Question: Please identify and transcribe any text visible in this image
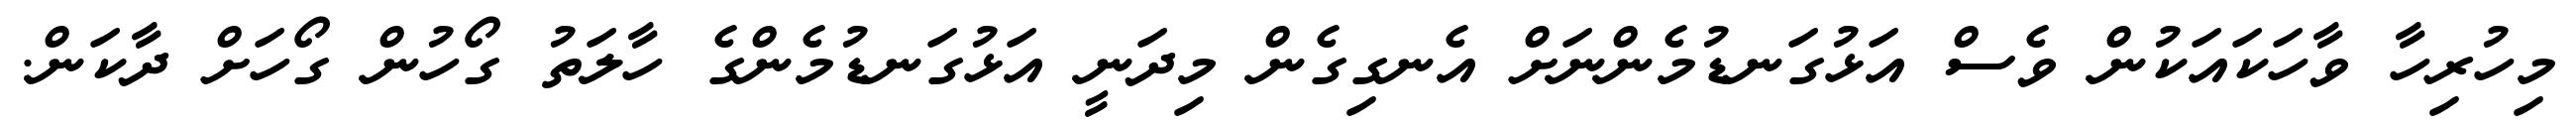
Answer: މިހުރިހާ ވާހަކައަކުން ވެސް އަޅުގަނޑުމެންނަށް އެނގިގެން މިދަނީ އަޅުގަނޑުމެންގެ ހާލަތު ގޯހުން ގޯހަށް ދާކަން.